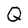
Character: Q